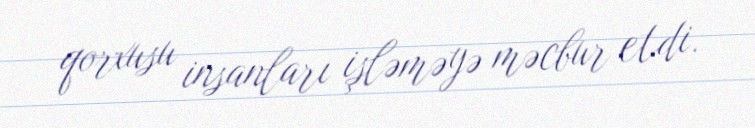
qorxusu insanları işləməyə məcbur etdi.